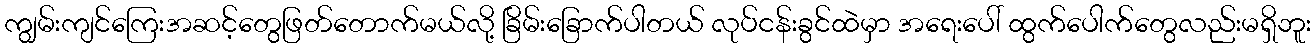
ကျွမ်းကျင်ကြေးအဆင့်တွေဖြတ်တောက်မယ်လို့ ခြိမ်းခြောက်ပါတယ် လုပ်ငန်းခွင်ထဲမှာ အရေးပေါ် ထွက်ပေါက်တွေလည်းမရှိဘူး